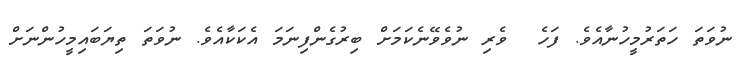
ނުވަތަ ހަތަރުމީހުނާއެވެ. ފަހެ  ވެރި ނުވެވޭނެކަމަށް ބިރުގެންފިނަމަ އެކަކާއެވެ. ނުވަތަ ތިޔަބައިމީހުންނަށް